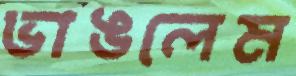
ভাঙলেম